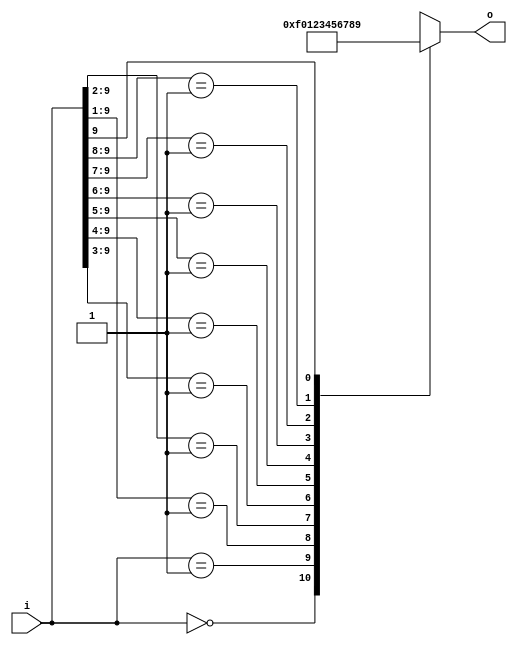
// 10-Line to 4-Line BCD Priority Encoder
// Based on Texas Instrument CD40147B datasheet
// This example uses an always block and casez to handle don't cares

module cd40147_always (
    input wire [9:0] i,
    output wire [3:0] o
);

reg [3:0] o_reg;

always @(*) begin
    casez (i)
        10'b0000000000: o_reg = 4'b1111;
        10'b0000000001: o_reg = 4'b0000; // 0
        10'b000000001?: o_reg = 4'b0001; // 1
        10'b00000001??: o_reg = 4'b0010; // 2
        10'b0000001???: o_reg = 4'b0011; // 3
        10'b000001????: o_reg = 4'b0100; // 4
        10'b00001?????: o_reg = 4'b0101; // 5
        10'b0001??????: o_reg = 4'b0110; // 6
        10'b001???????: o_reg = 4'b0111; // 7
        10'b01????????: o_reg = 4'b1000; // 8
        10'b1?????????: o_reg = 4'b1001; // 9
        default: o_reg = 4'b1111;
    endcase
end

assign o = o_reg;
    
endmodule